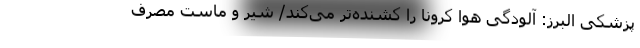
پزشکی البرز: آلودگی هوا کرونا را کشنده‌تر می‌کند/ شیر و ماست مصرف